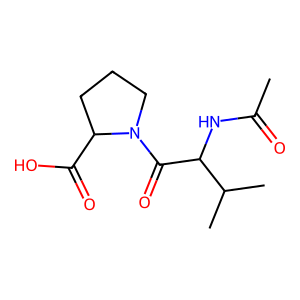
SMILES: CC(=O)NC(C(=O)N1CCCC1C(=O)O)C(C)C
Inhibits HIV replication: No